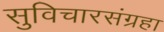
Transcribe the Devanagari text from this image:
सुविचारसंग्रहा